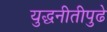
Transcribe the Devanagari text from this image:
युद्धनीतीपुढे